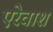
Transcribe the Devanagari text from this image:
एरेवाश